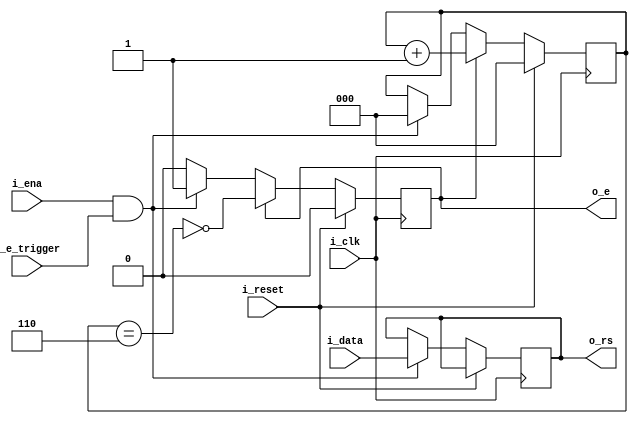
`timescale 1ns / 1ps
//////////////////////////////////////////////////////////////////////////////////
// Company: 
// Engineer: 
// 
// Design Name: 
// Module Name:    ST7066U_write_operation 
// Project Name: 
// Target Devices: 
// Tool versions: 
// Description: 
//
// Dependencies: 
//
// Revision: 
// Revision 0.01 - File Created
// Additional Comments: 
//
//////////////////////////////////////////////////////////////////////////////////
module ST7066U_write_operation(
    input i_clk,
    input i_ena,
	 input i_reset,
	 input i_data,
	 input i_e_trigger,
    output reg o_rs,
    output reg o_e
    );
	 reg [2:0] r_cnt;
	 
	 // If reset reset values to 0
	 // If i_ena is high, start outputting signals to drive lcd
	 // o_e only wants to be high for part of the ena cycle, datasheet says 140 ns at minimum
	 // So keep o_e high for 2 clock cycles (166 ns)
	 always @(posedge i_clk) begin
		if (i_reset) begin
			o_e <= 1'b0;
			r_cnt <= 3'b0;
		end else begin
			if (i_ena&i_e_trigger) begin
				o_rs <= i_data;
				o_e <= 1'b1;
				r_cnt <= 3'b0;
			end
		
			if (o_e) begin
				r_cnt <= r_cnt + 1'b1;
				o_e <= ~(r_cnt==3'b110);
			end
		end
	 end


endmodule